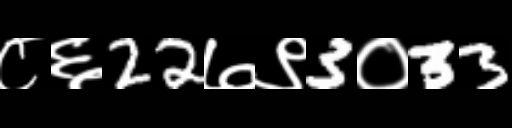
Text: ८६22७९3०33